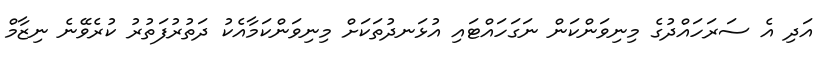
އަދި އެ ސަރަހައްދުގެ މިނިވަންކަން ނަގަހައްޓައި އުޅަނދުތަކަށް މިނިވަންކަމާއެކު ދަތުރުފަތުރު ކުރެވޭނެ ނިޒާމް